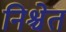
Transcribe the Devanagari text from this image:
निश्चेत